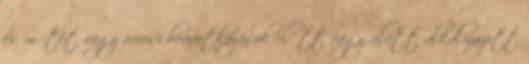
és műtét vagy orvosi beavatkozások előtt vagy alatt alkalmazott